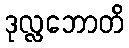
ဒုလ္လဘောတိ